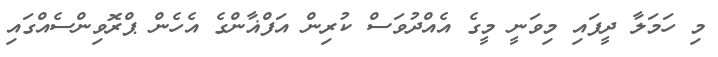
މި ހަމަލާ ދީފައި މިވަނީ މީގެ އެއްދުވަސް ކުރިން އަފްޣާންގެ އެހެން ޕްރޮވިންސެއްގައި